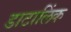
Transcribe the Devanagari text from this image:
डाटालिंक